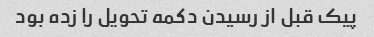
پیک قبل از رسیدن دکمه تحویل را زده بود